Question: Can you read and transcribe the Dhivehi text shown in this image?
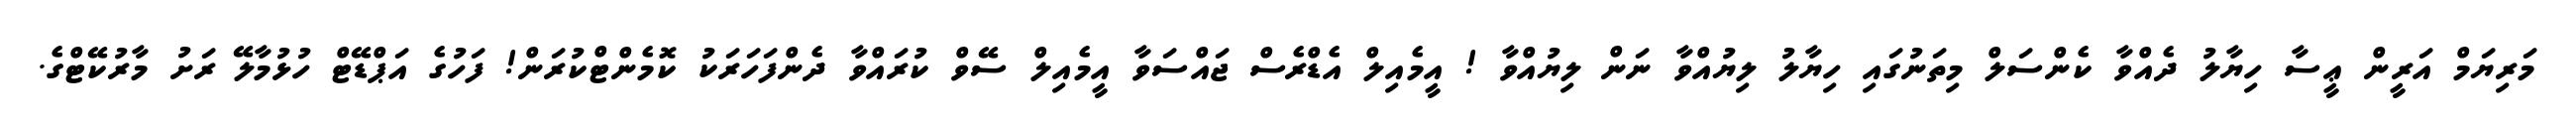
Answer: މަރިޔަމް އަރީން ޢީސާ ހިޔާލު ދެއްވާ ކެންސަލް މިތަނުގައި ހިޔާލު ލިޔުއްވާ ނަން ލިޔުއްވާ ! އީމެއިލް އެޑްރެސް ޖައްސަވާ އީމެއިލް ސޭވް ކުރައްވާ ދެންފަހަރަކު ކޮމެންޓްކުރަން! ފަހުގެ އަޕްޑޭޓް ހުޅުމާލޭ ރަށު މާރުކޭޓްގެ.